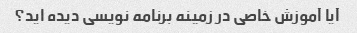
آیا آموزش خاصی در زمینه برنامه نویسی دیده اید؟